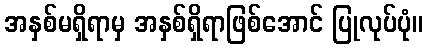
အနှစ်မရှိရာမှ အနှစ်ရှိရာဖြစ်အောင် ပြုလုပ်ပုံ။